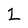
Character: 2